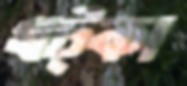
খট্কা